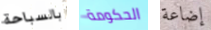
بالسباحة الحكومة إضاعة